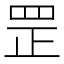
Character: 罡